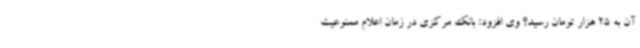
آن به 25 هزار تومان رسید؟ وی افزود: بانک مرکزی در زمان اعلام ممنوعیت